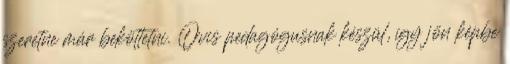
szeretne már beköttetni. Ovis pedagógusnak készül, így jön képbe